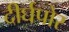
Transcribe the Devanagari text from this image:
दीर्घपोर